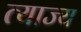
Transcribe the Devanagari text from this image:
त्‍याज्‍य